Report of the King Institute of Preventive Medicine, Guindy
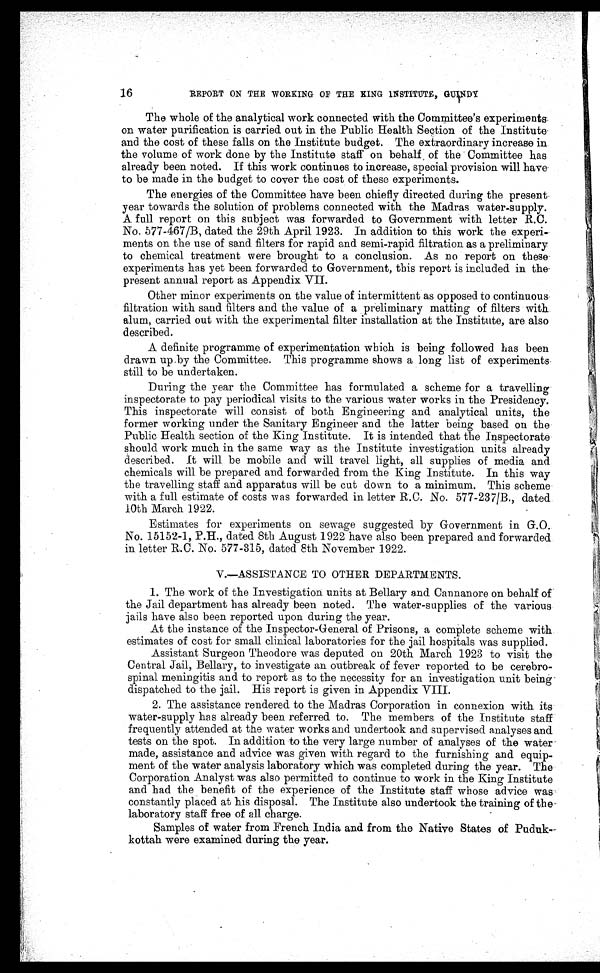
16
REPORT ON THE WORKING OF THE KING INSTITUTE, GUINDY
The whole of the analytical work connected with the Committee's experiments
on water purification is carried out in the Public Health Section of the Institute
and the cost of these falls on the Institute budget. The extraordinary increase in
the volume of work done by the Institute staff on behalf of the Committee has
already been noted. If this work continues to increase, special provision will have
to be made in the budget to cover the cost of these experiments.
The energies of the Committee have been chiefly directed during the present
year towards the solution of problems connected with the Madras water-supply.
A full report on this subject was forwarded to Government with letter R.C.
No. 577-467/B, dated the 29th April 1923. In addition to this work the experi
-ments on the use of sand filters for rapid and semi-rapid filtration as a preliminary
to chemical treatment were brought to a conclusion. As no report on these
experiments has yet been forwarded to Government, this report is included in the
present annual report as Appendix VII.
Other minor experiments on the value of intermittent as opposed to continuous
filtration with sand filters and the value of a preliminary matting of filters with
alum, carried out with the experimental filter installation at the Institute, are also
described.
A definite programme of experimentation which is being followed has been
drawn up by the Committee. This programme shows a long list of experiments
still to be undertaken.
During the year the Committee has formulated a scheme for a travelling
inspectorate to pay periodical visits to the various water works in the Presidency.
This inspectorate will consist of both Engineering and analytical units, the
former working under the Sanitary Engineer and the latter being based on the
Public Health section of the King Institute. It is intended that the Inspectorate
should work much in the same way as the Institute investigation units already
described. It will be mobile and will travel light, all supplies of media and
chemicals will be prepared and forwarded from the King Institute. In this way
the travelling staff and apparatus will be cut down to a minimum. This scheme
with a full estimate of costs was forwarded in letter R.C. No. 577-237/B., dated
10th March 1922.
Estimates for experiments on sewage suggested by Government in G.O.
No. 15152-1, P.H., dated 8th August 1922 have also been prepared and forwarded
in letter R.C. No. 577-315, dated 8th November 1922.
V.—ASSISTANCE TO OTHER DEPARTMENTS.
1. The work of the Investigation units at Bellary and Cannanore on behalf of
the Jail department has already been noted. The water-supplies of the various
jails have also been reported upon during the year.
At the instance of the Inspector-General of Prisons, a complete scheme with
estimates of cost for small clinical laboratories for the jail hospitals was supplied.
Assistant Surgeon Theodore was deputed on 20th March 1923 to visit the
Central Jail, Bellary, to investigate an outbreak of fever reported to be cerebro
- spinal meningitis and to report as to the necessity for an investigation unit being
dispatched to the jail. His report is given in Appendix VIII.
2. The assistance rendered to the Madras Corporation in connexion with its
water-supply has already been referred to. The members of the Institute staff
frequently attended at the water works and undertook and supervised analyses and
tests on the spot. In addition to the very large number of analyses of the water
made, assistance and advice was given with regard to the furnishing and equip
-ment of the water analysis laboratory which was completed during the year. The
Corporation Analyst was also permitted to continue to work in the King Institute
and had the benefit of the experience of the Institute staff whose advice was
constantly placed at his disposal. The Institute also undertook the training of the
laboratory staff free of all charge.
Samples of water from French India and from the Native States of Puduk
-kottah were examined during the year.